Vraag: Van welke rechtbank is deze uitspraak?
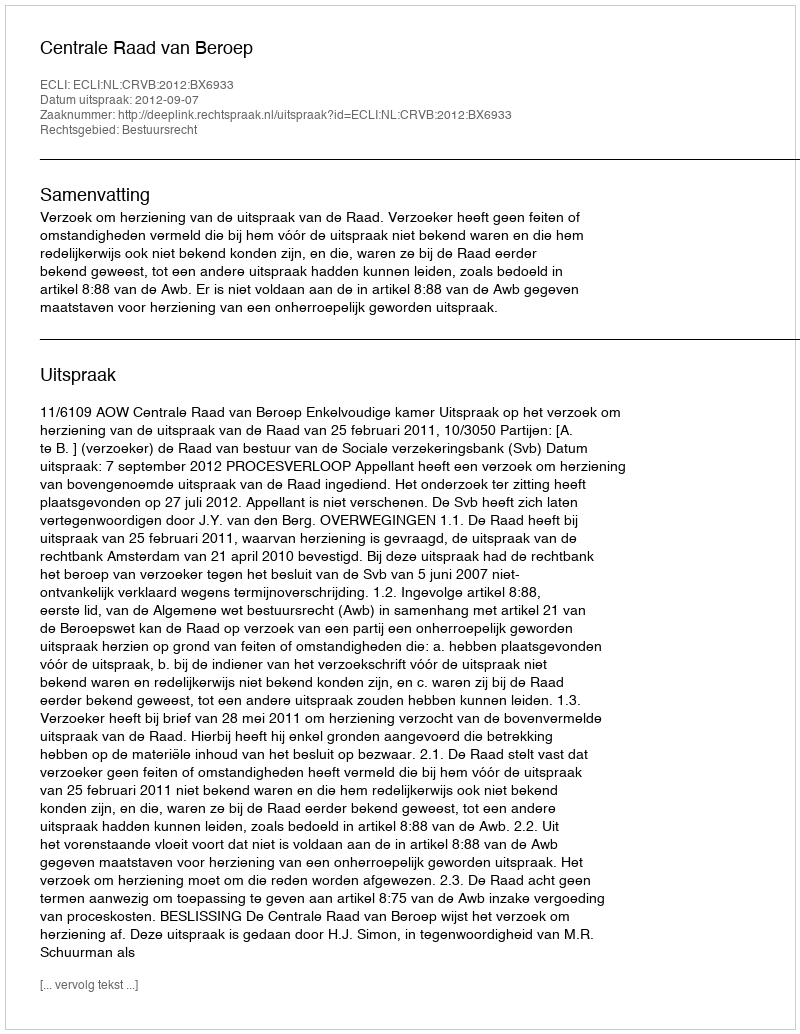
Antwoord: Centrale Raad van Beroep